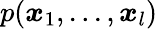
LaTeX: p(\boldsymbol{x}_{1},...,\boldsymbol{x}_{l})